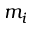
m _ { i }